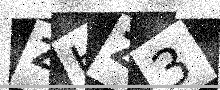
Text: ZHZ3